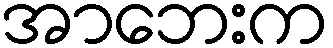
အာဘေးက